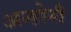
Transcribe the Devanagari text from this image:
अन्होनी